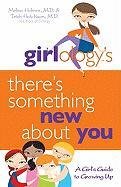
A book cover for Girlology's There's Something New About You: A Girl's Guide to Growing Up; Melisa Holmes; Teen & Young Adult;